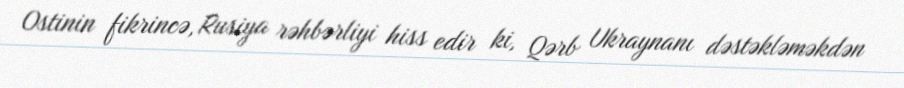
Ostinin fikrincə, Rusiya rəhbərliyi hiss edir ki, Qərb Ukraynanı dəstəkləməkdən